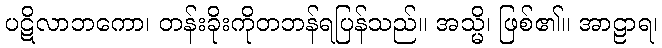
ပဋိလာဘကော၊ တန်းခိုးကိုတဘန်ရပြန်သည်။ အသ္မိ၊ ဖြစ်၏။ အာဠာရ၊